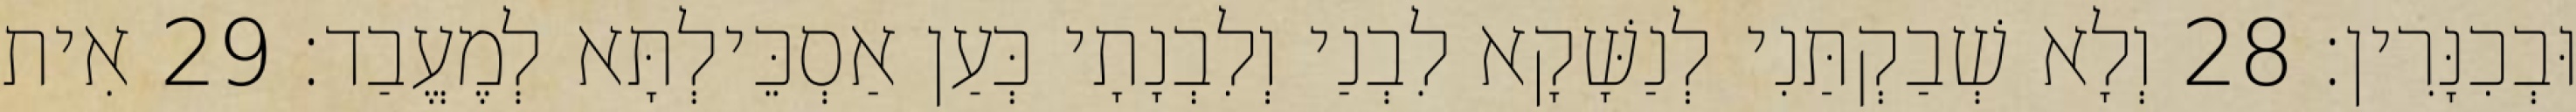
וּבְכִנָּרִין׃ 28 וְלָא שְׁבַקְתַּנִי לְנַשָּׁקָא לִבְנַי וְלִבְנָתָי כְּעַן אַסְכֵּילְתָּא לְמֶעֱבַד׃ 29 אִית